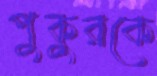
পুকুরকে